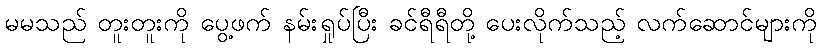
မမသည် တူးတူးကို ပွေ့ဖက် နမ်းရှုပ်ပြီး ခင်ရီရီတို့ ပေးလိုက်သည့် လက်ဆောင်များကို